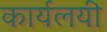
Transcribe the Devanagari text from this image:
कार्यलयी